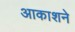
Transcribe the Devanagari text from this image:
आकाशने